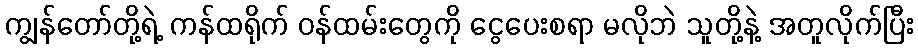
ကျွန်တော်တို့ရဲ့ ကန်ထရိုက် ဝန်ထမ်းတွေကို ငွေပေးစရာ မလိုဘဲ သူတို့နဲ့ အတူလိုက်ပြီး